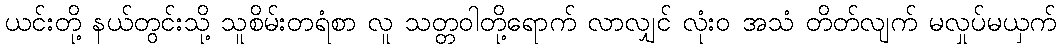
ယင်းတို့ နယ်တွင်းသို့ သူစိမ်းတရံစာ လူ သတ္တဝါတို့ရောက် လာလျှင် လုံးဝ အသံ တိတ်လျက် မလှုပ်မယှက်